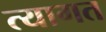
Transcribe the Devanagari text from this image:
त्यागत